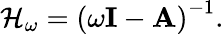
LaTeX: \mathcal{H}_{\omega}=\left(\omega{\mathbf{I}}-{\mathbf{A}}\right)^{-1}.